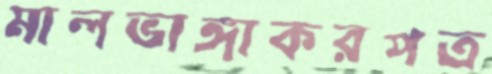
মালভাঙ্গাকরপত্র